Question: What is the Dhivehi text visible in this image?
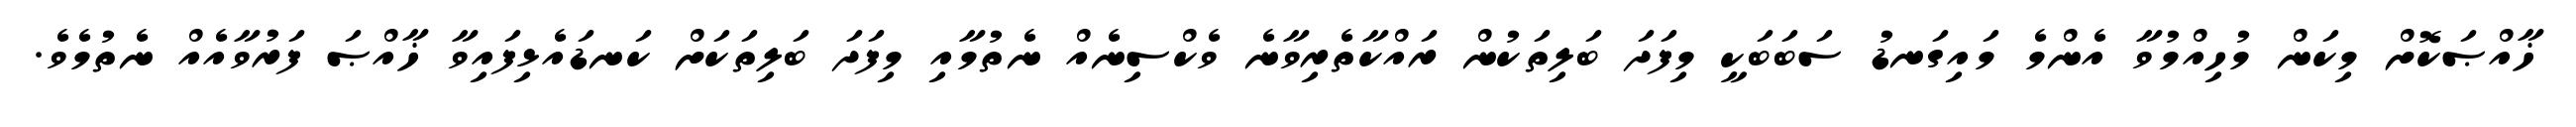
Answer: ޚާއްޞަކޮށް މިކަން މުހިއްމުވާ އެންމެ މައިގަނޑު ސަބަބަކީ މިފަދަ ބަލިތަކުން ރައްކާތެރިވާނެ ވެކްސިނެއް ނެތުމާއި މިފަދަ ބަލިތަކަށް ކަނޑައެޅިފައިވާ ޚާއްޞަ ފަރުވާއެއް ނެތުމެވެ.